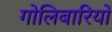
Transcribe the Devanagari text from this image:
गोलिबारियों